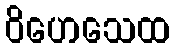
ဝိဟေသေထ